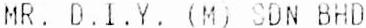
MR. D.I.Y. (M) SDN BHD